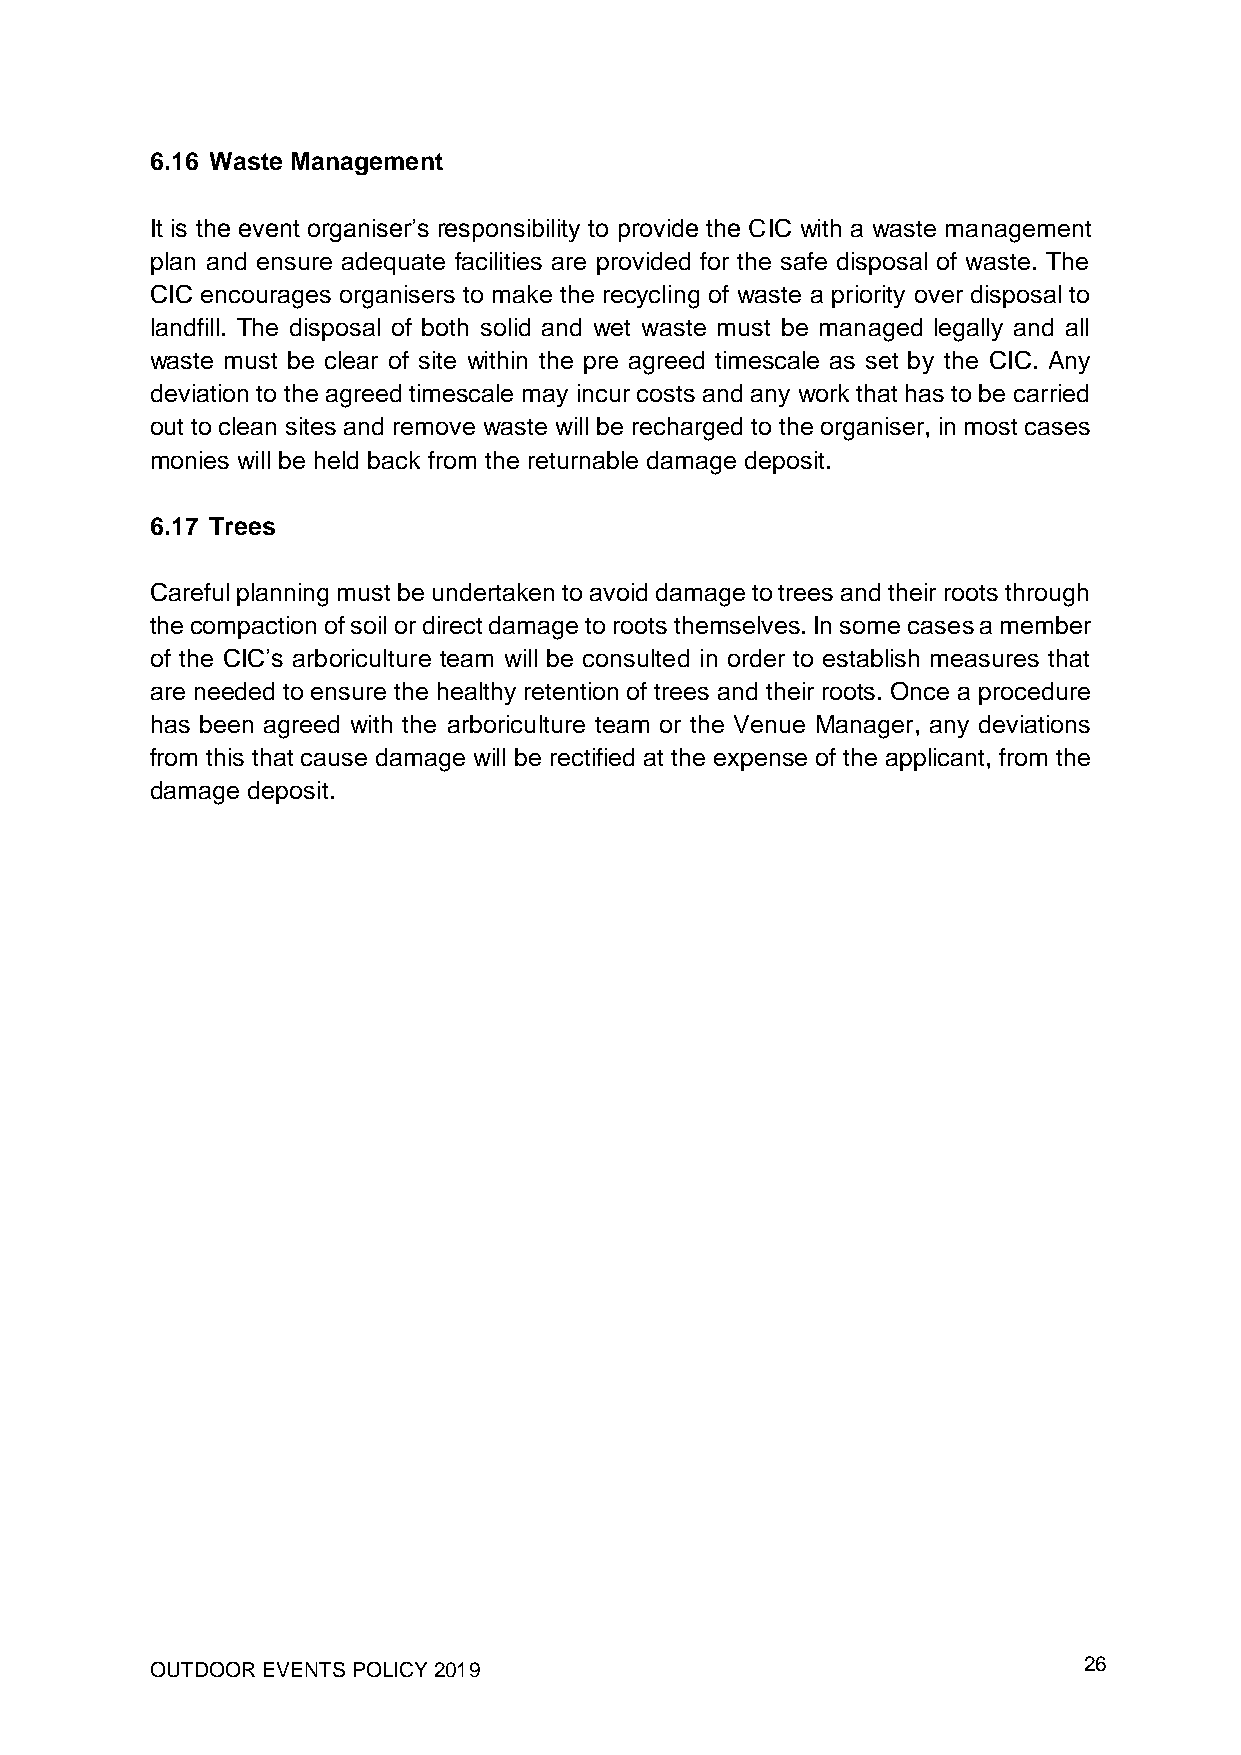
6.16 Waste Management
 It is the event organiser’s responsibility to provide the CIC with a waste management
 plan and ensure adequate facilities are provided for the safe disposal of waste. The
 CIC encourages organisers to make the recycling of waste a priority over disposal to
 landfill. The disposal of both solid and wet waste must be managed legally and all
 waste must be clear of site within the pre agreed timescale as set by the CIC. Any
 deviation to the agreed timescale may incur costs and any work that has to be carried
 out to clean sites and remove waste will be recharged to the organiser, in most cases
 monies will be held back from the returnable damage deposit.
 6.17 Trees
 Careful planning must be undertaken to avoid damage to trees and their roots through
 the compaction of soil or direct damage to roots themselves. In some cases a member
 of the CIC’s arboriculture team will be consulted in order to establish measures that
 are needed to ensure the healthy retention of trees and their roots. Once a procedure
 has been agreed with the arboriculture team or the Venue Manager, any deviations
 from this that cause damage will be rectified at the expense of the applicant, from the
 damage deposit.
 OUTDOOR EVENTS POLICY 2019                                    26